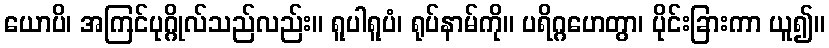
ယောပိ၊ အကြင်ပုဂ္ဂိုလ်သည်လည်း။ ရူပါရူပံ၊ ရုပ်နာမ်ကို။ ပရိဂ္ဂဟေတွာ၊ ပိုင်းခြားကာ ယူ၍။